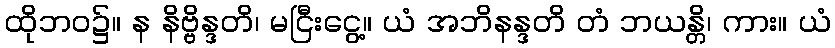
ထိုဘဝ၌။ န နိဗ္ဗိန္ဒတိ၊ မငြီးငွေ့။ ယံ အဘိနန္ဒတိ တံ ဘယန္တိ၊ ကား။ ယံ